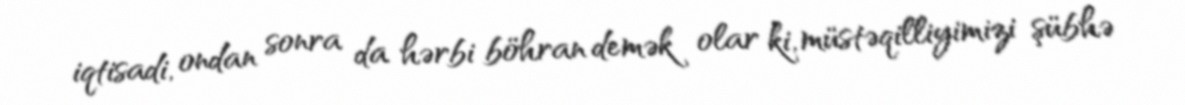
iqtisadi, ondan sonra da hərbi böhran demək olar ki, müstəqilliyimizi şübhə